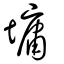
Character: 墉